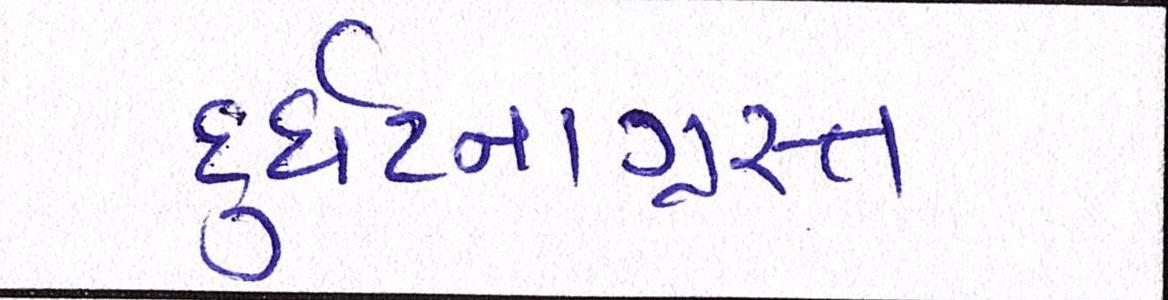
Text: દુર્ઘટનાગ્રસ્ત